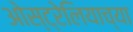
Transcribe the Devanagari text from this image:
ओस्ट्रेलियाच्या